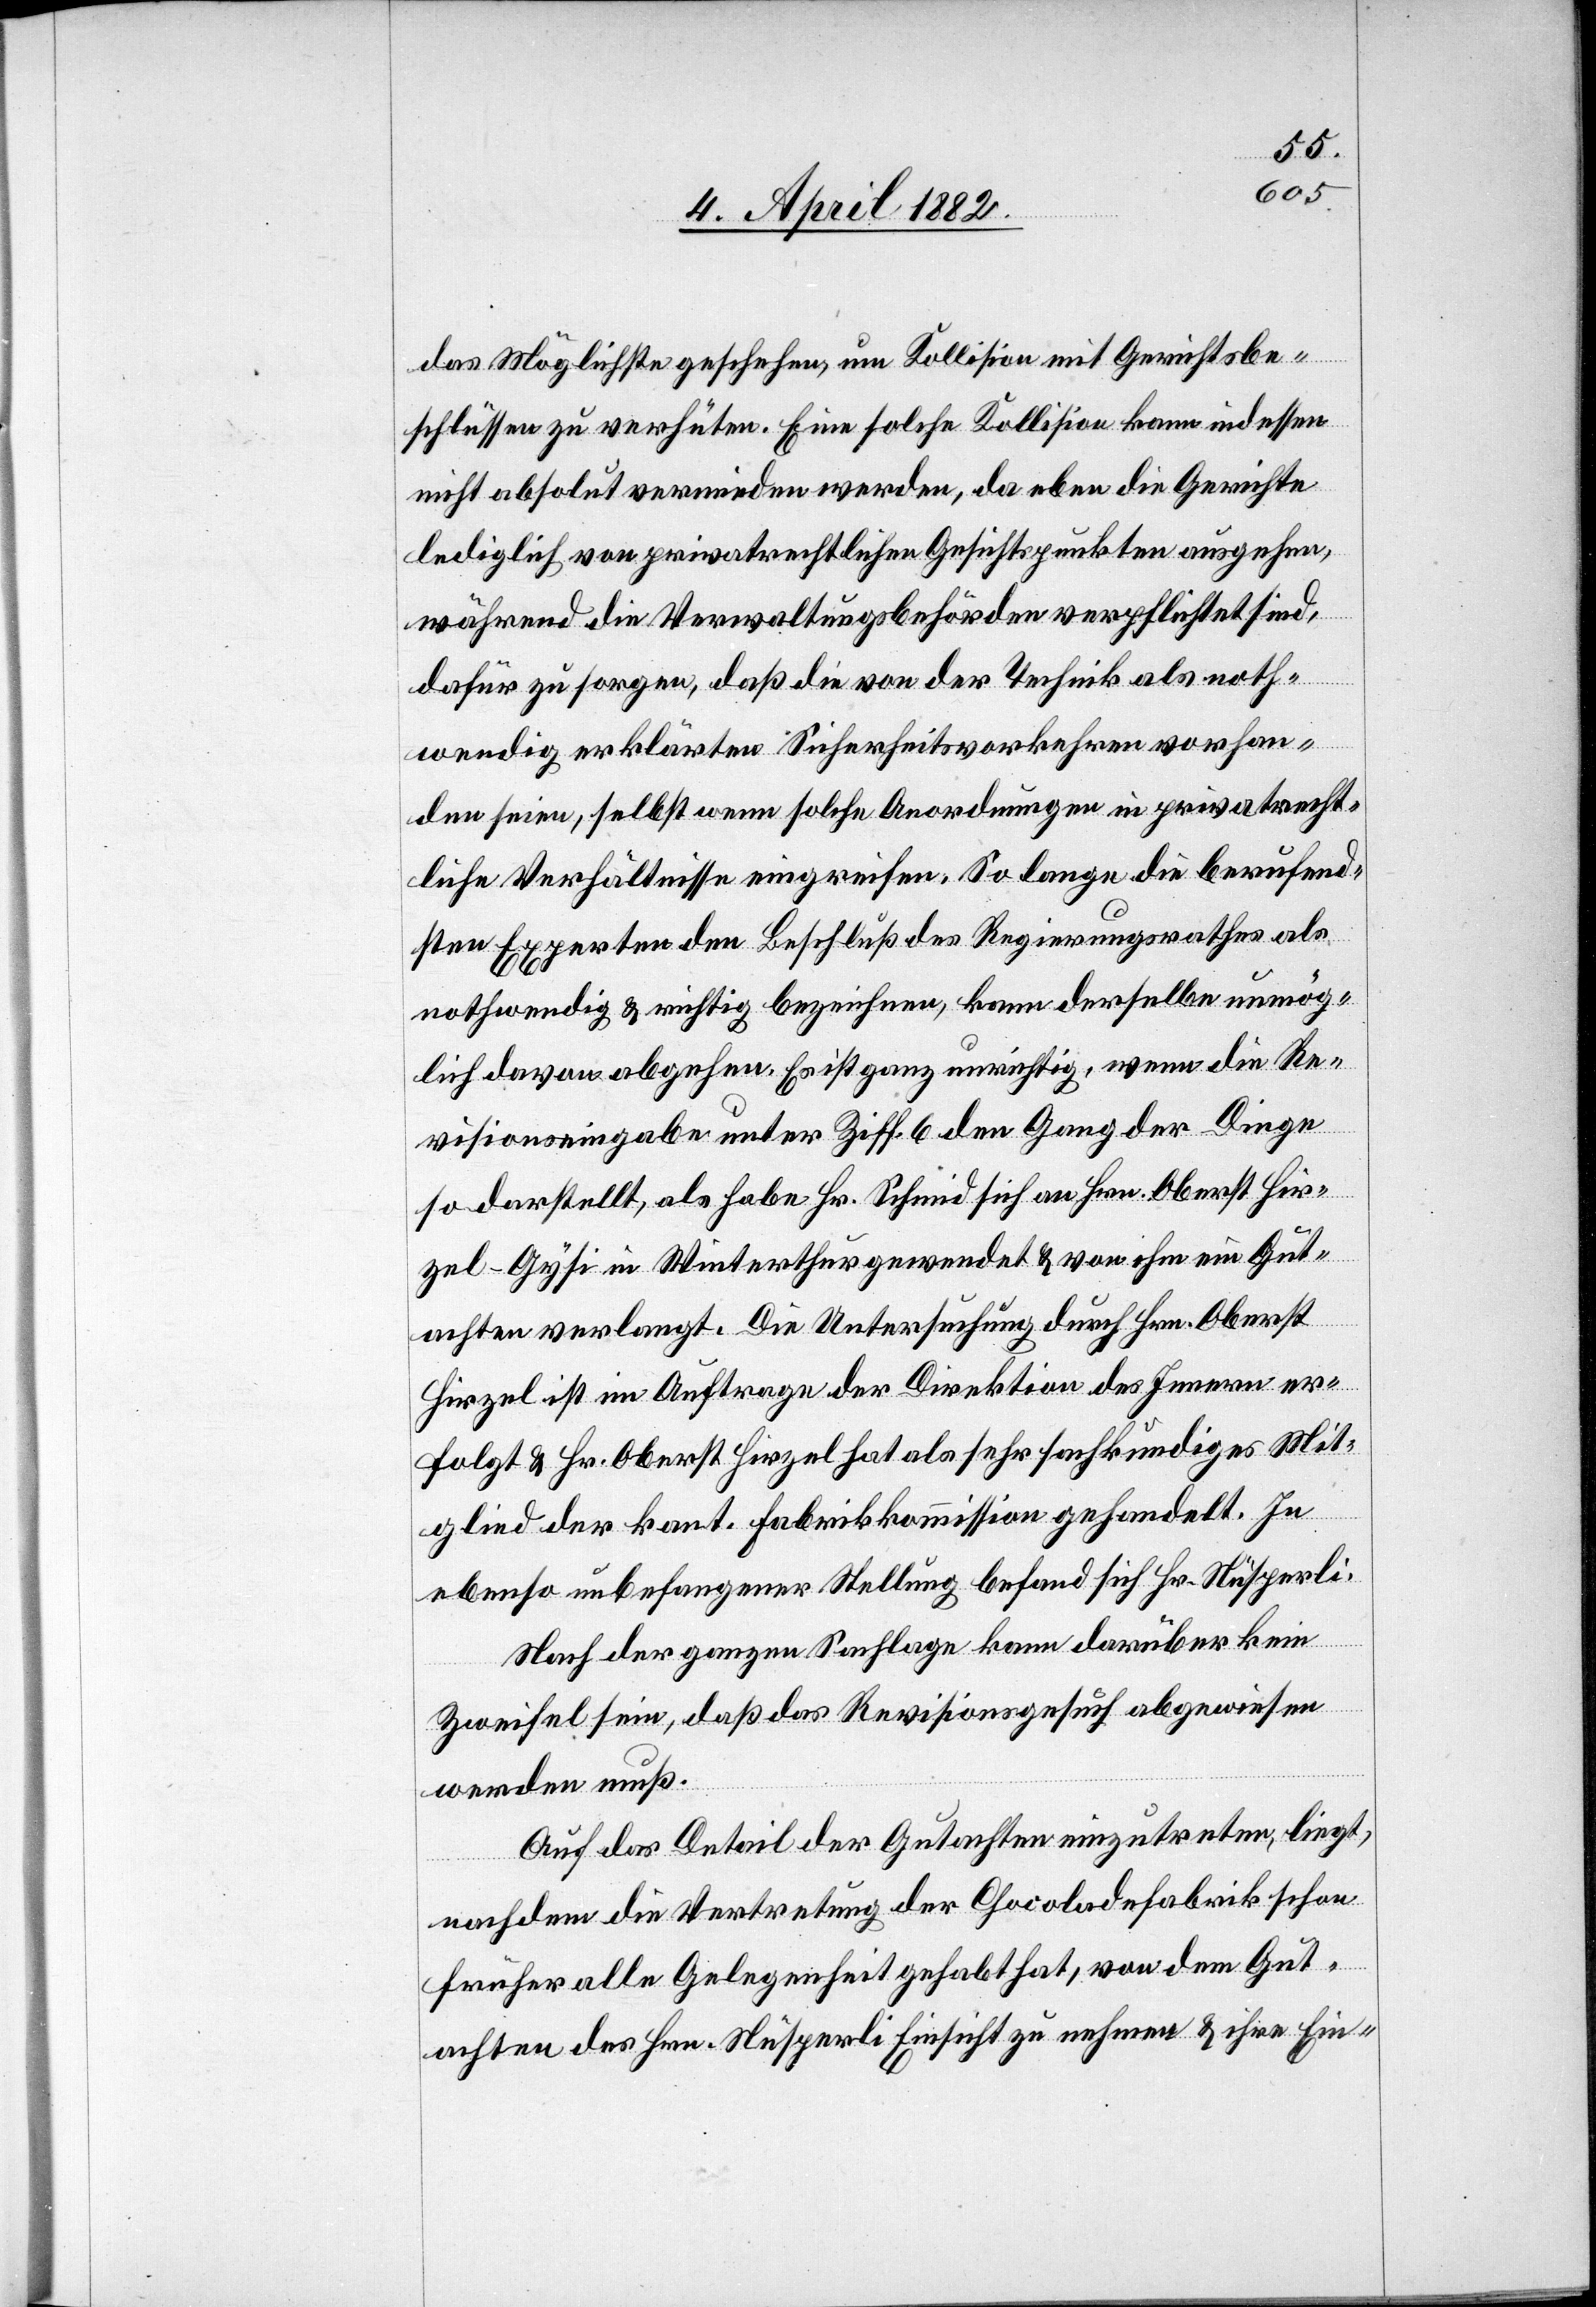
das Möglichste geschehen, um Kollision mit Gerichtsbe¬
schlüssen zu verhüten. Eine solche Kollision kann indessen
nicht absolut vermieden werden, da eben die Gerichte
lediglich von privatrechtlichen Gesichtspunkten ausgehen,
während die Verwaltungsbehörden verpflichtet sind,
dafür zu sorgen, daß die von der Technik als noth¬
wendig erklärten Sicherheitsvorkehren vorhan¬
den seien, selbst wenn solche Anordnungen in privatrecht¬
liche Verhältnisse eingreifen. So lange die berufend¬
sten Experten den Beschluß des Regierungsrathes als
nothwendig & richtig bezeichnen, kann derselbe unmög¬
lich davon abgehen. Es ist ganz unrichtig, wenn die Re¬
visionseingabe unter Ziff. 6 den Gang der Dinge
so darstellt, als habe Hr. Schmid sich an Hrn. Oberst Hir¬
zel-Gysi in Winterthur gewendet & von ihm ein Gut¬
achten verlangt. Die Untersuchung durch Hrn. Oberst
Hirzel ist im Auftrage der Direktion des Innern er¬
folgt & Hr. Oberst Hirzel hat als sehr sachkundiges Mit¬
glied der kant. Fabrikkommission gehandelt. In
ebenso unbefangener Stellung befand sich Hr. Nüsperli.
Nach der ganzen Sachlage kann darüber kein
Zweifel sein, daß das Revisionsgesuch abgewiesen
werden muß.
Auf das Detail der Gutachten einzutreten, liegt,
nachdem die Vertretung der Chocoladefabrik schon
früher alle Gelegenheit gehabt hat, von dem Gut¬
achten des Hrn. Nüsperli Einsicht zu nehmen & ihre Ein-